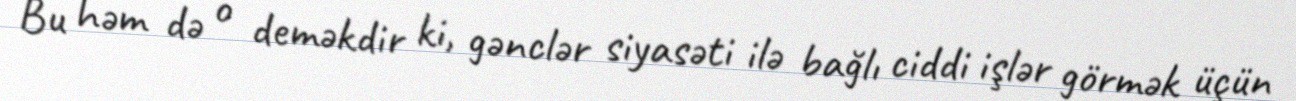
Bu həm də o deməkdir ki, gənclər siyasəti ilə bağlı ciddi işlər görmək üçün